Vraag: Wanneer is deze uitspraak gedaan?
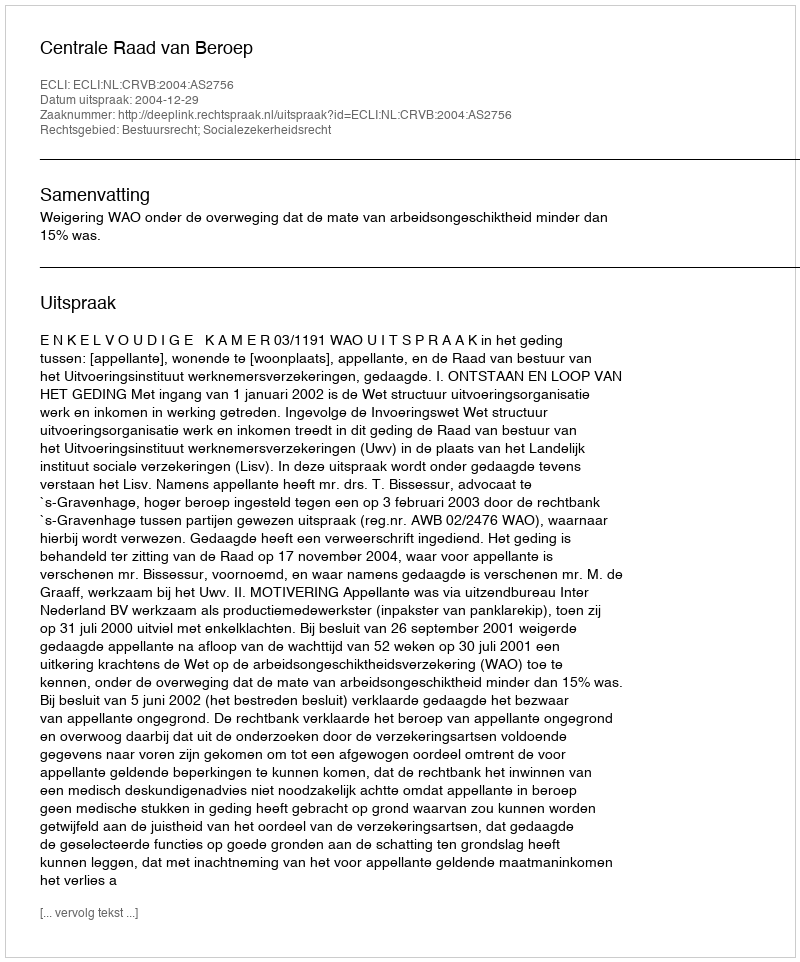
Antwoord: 2004-12-29